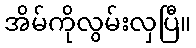
အိမ်ကိုလွမ်းလှပြီ။